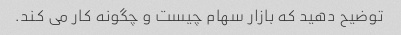
توضیح دهید که بازار سهام چیست و چگونه کار می کند.